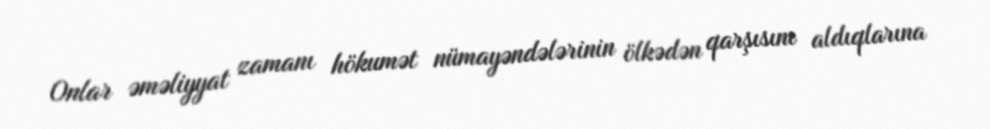
Onlar əməliyyat zamanı hökumət nümayəndələrinin ölkədən qarşısını aldıqlarına